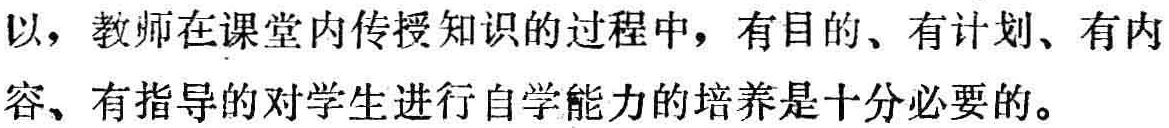
以，教师在课堂内传授知识的过程中，有目的、有计划、有内容、有指导的对学生进行自学能力的培养是十分必要的。